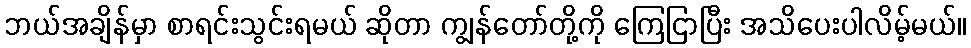
ဘယ်အချိန်မှာ စာရင်းသွင်းရမယ် ဆိုတာ ကျွန်တော်တို့ကို ကြေငြာပြီး အသိပေးပါလိမ့်မယ်။